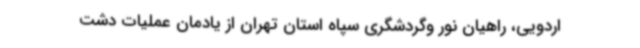
اردویی، راهیان نور وگردشگری سپاه استان تهران از یادمان عملیات دشت